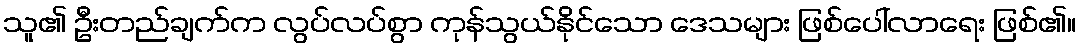
သူ၏ ဦးတည်ချက်က လွပ်လပ်စွာ ကုန်သွယ်နိုင်သော ဒေသများ ဖြစ်ပေါ်လာရေး ဖြစ်၏။